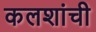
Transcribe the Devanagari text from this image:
कलशांची